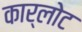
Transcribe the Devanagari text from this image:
कार्लोट